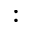
: